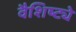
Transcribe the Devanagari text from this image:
वैशिष्ट्येेे